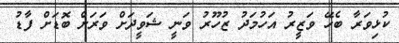
ކުޅިވަރާ ބެހޭ ވަޒީރު އަހުމަދު ޒުހޫރު ވަނީ ޝަވީދަށް ވަރަށް ބޮޑަށް ފާޑު